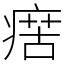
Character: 瘔